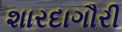
શારદાગૌરી